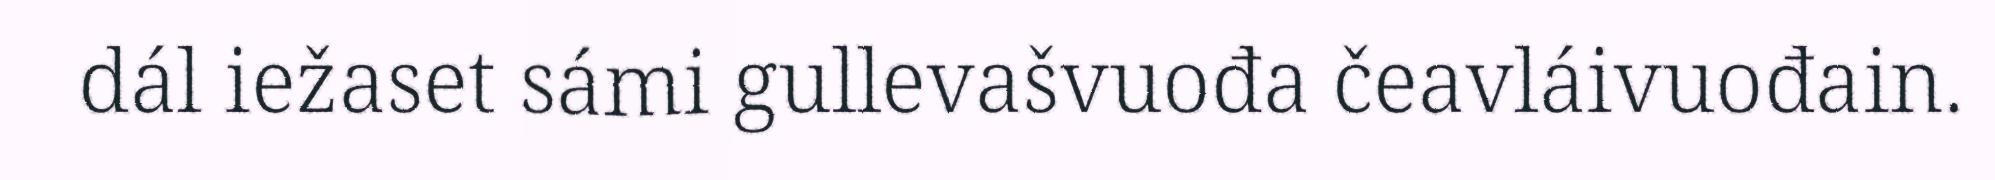
dál iežaset sámi gullevašvuođa čeavláivuođain.